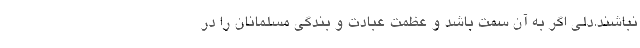
نباشند.دلی اگر به آن سمت باشد و عظمت عبادت و بندگی مسلمانان را در